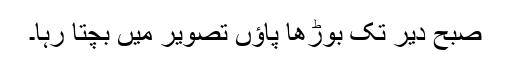
صبح دیر تک بوڑھا پاؤں تصویر میں بچتا رہا۔